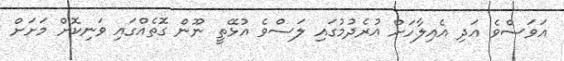
އަވަސްވެ އަދި އެއިލާހަށް އުރެދުމުގައި ލަސްވެ އުޅޭތީ ނޫން ގޮތެއްގައި ވަނިކޮށް މަށަށް